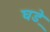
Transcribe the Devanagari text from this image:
घडे़